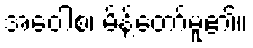
အဝေါစ၊ မိန့်တော်မူ၏။